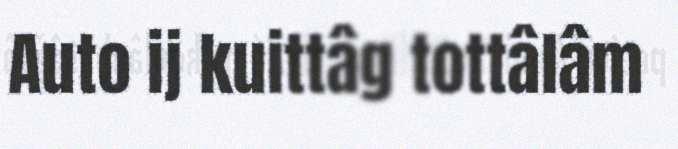
Auto ij kuittâg tottâlâm